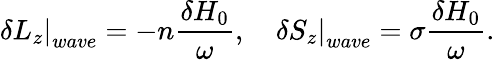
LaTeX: \delta\left.L_{z}\right|_{wave}=-n\frac{\delta H_{0}}{\omega},\quad\delta\left.S_{z}\right|_{wave}=\sigma\frac{\delta H_{0}}{\omega}.